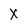
Character: X